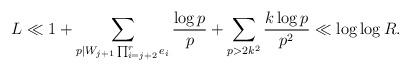
LaTeX: \begin{align*}L&\ll 1+\sum_{p|W_{j+1}\prod_{i=j+2}^r e_i}\frac{\log{p}}{p}+\sum_{p>2k^2}\frac{k\log{p}}{p^2}\ll \log\log{R}.\end{align*}